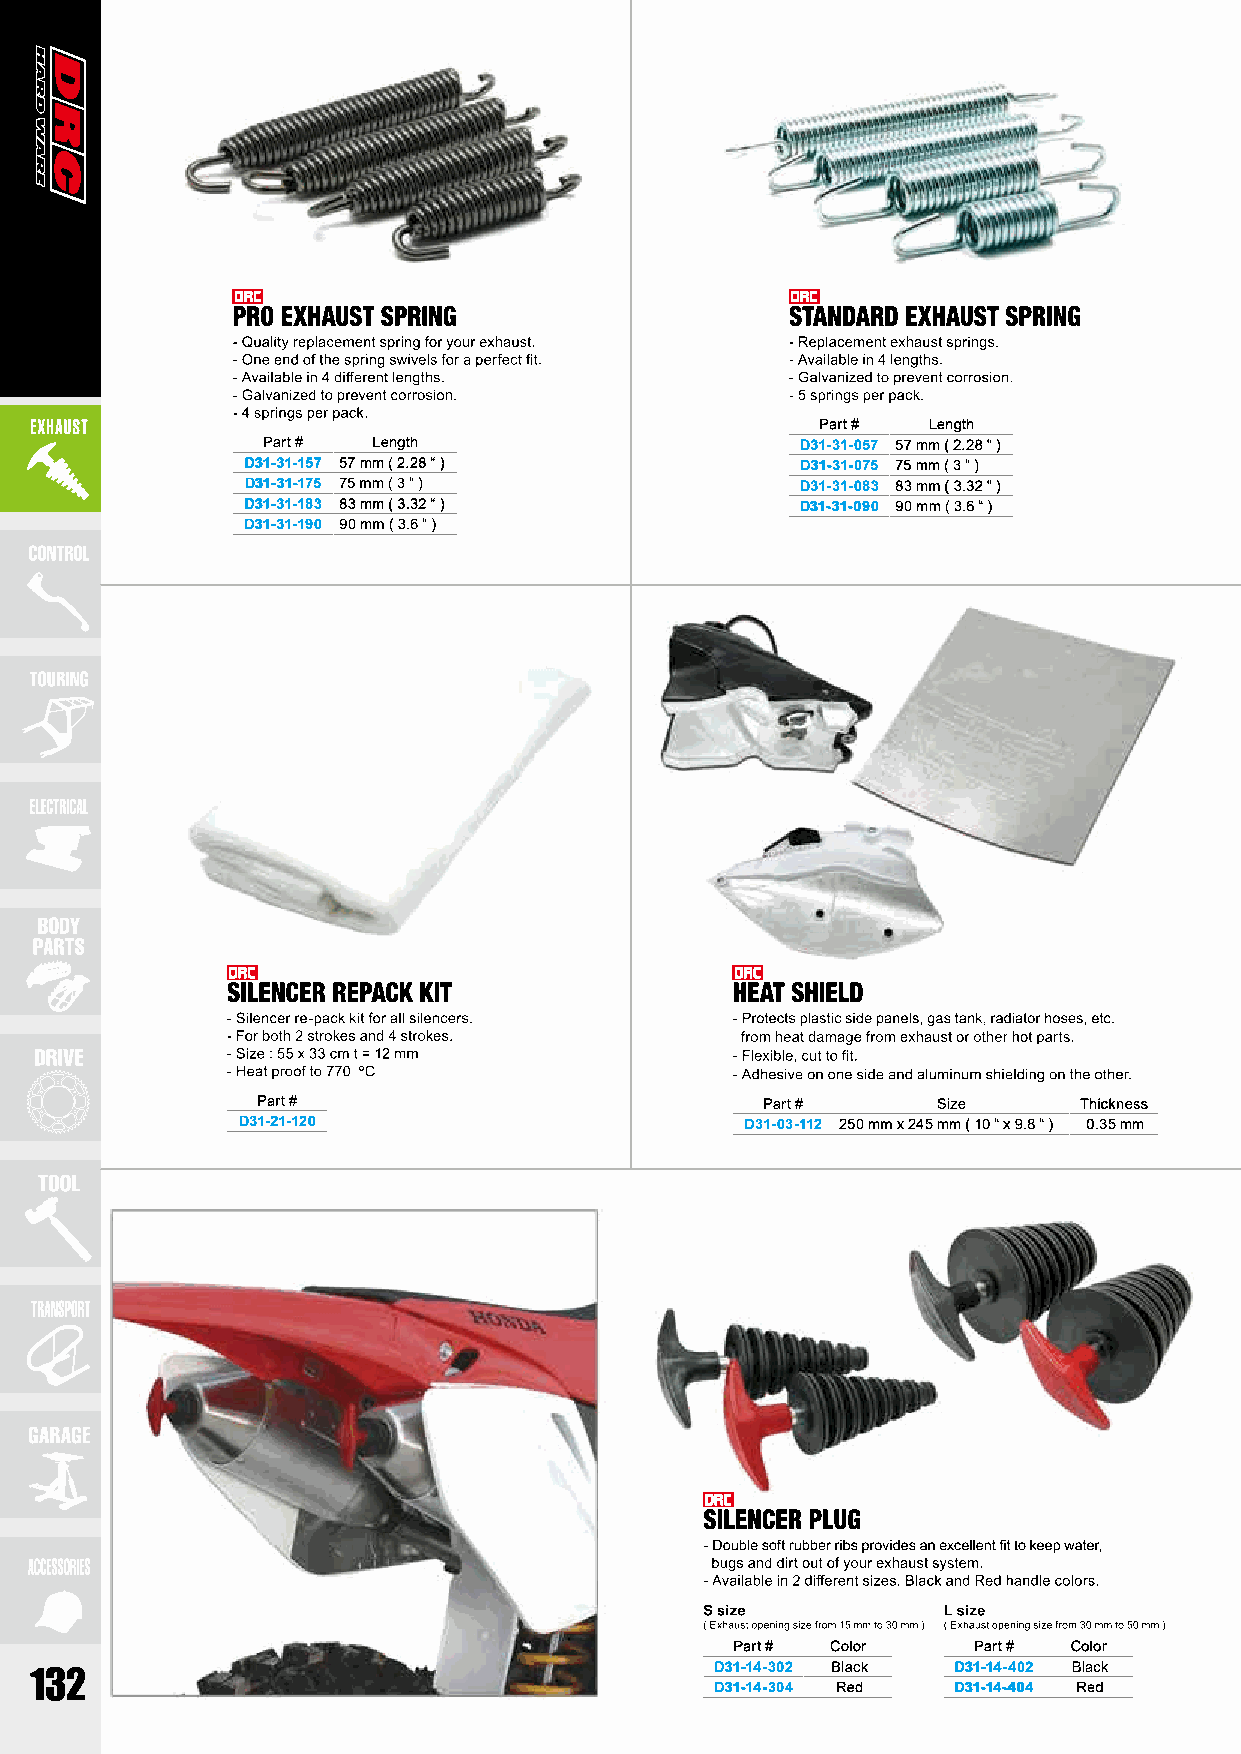
Part # Length
 Part #  Length                      D31-31-057 57 mm ( 2.28 “ )
 D31-31-157 57 mm ( 2.28 “ )          D31-31-075 75 mm ( 3 “ )
 D31-31-175 75 mm ( 3 “ )             D31-31-083 83 mm ( 3.32 “ )
 D31-31-183 83 mm ( 3.32 “ )          D31-31-090 90 mm ( 3.6 “ )
 D31-31-190 90 mm ( 3.6 “ )
 Part #                           Part #      Size     Thickness
 D31-21-120                       D31-03-112 250 mm x 245 mm ( 10 “ x 9.8 “ ) 0.35 mm
 Part # Color   Part # Color
 D31-14-302 Black D31-14-402 Black
 D31-14-304 Red  D31-14-404 Red